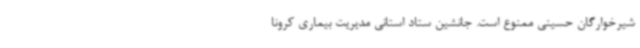
شیرخوارگان حسینی ممنوع است. جانشین ستاد استانی مدیریت بیماری کرونا